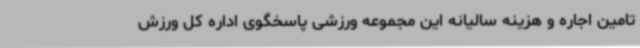
تامین اجاره و هزینه سالیانه این مجموعه ورزشی پاسخگوی اداره کل ورزش